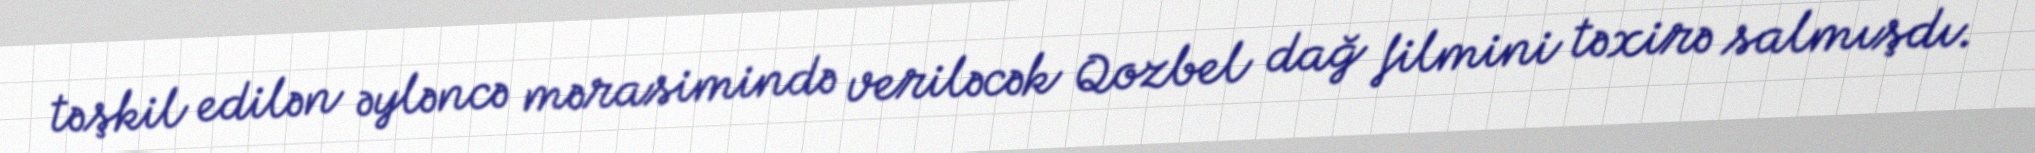
təşkil edilən əyləncə mərasimində veriləcək Qozbel dağ filmini təxirə salmışdı.